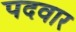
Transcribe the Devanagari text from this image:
पदवार